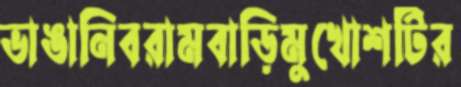
ভাঙানিবরামবাড়িমুখোশটির